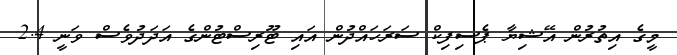
މީގެ އިތުރުން އޭޝިޔާ ޕެސިފިކް ސަރަހައްދުން އައި ޓޫރިސްޓުންގެ އަދަދުވެސް ވަނީ 2.4